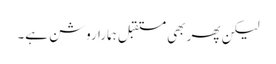
لیکن پھر بھی مستقبل ہمارا روشن ہے۔